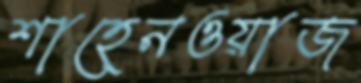
শাহেনওয়াজ